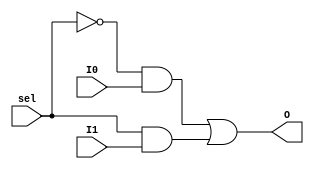
`timescale 1ns / 1ps
//////////////////////////////////////////////////////////////////////////////////
// Company: 
// Engineer: 
// 
// Design Name: 
// Module Name:    Mux_2x1_1bit 
// Project Name: 
// Target Devices: 
// Tool versions: 
// Description: 
//
// Dependencies: 
//
// Revision: 
// Revision 0.01 - File Created
// Additional Comments: 
//
//////////////////////////////////////////////////////////////////////////////////
module Mux_2x1(
    input I0,
    input I1,
    input sel,
    output O
    );
	 
	 wire sel_bar;
	 //Level-1 AND gate outputs
	 wire [1:0] L1;
	 
	 not N1(sel_bar, sel);
	 
	 //Level-1 AND gates
	 and A1(L1[0], sel_bar, I0);
	 and A2(L1[1], sel, I1);
	 
	 //Level-2 OR gate
	 or O1(O, L1[0], L1[1]);
	 
endmodule